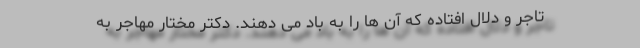
تاجر و دلال افتاده که آن ها را به باد می دهند. دکتر مختار مهاجر به